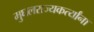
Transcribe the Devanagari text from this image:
मुघलराज्यकर्त्यांना